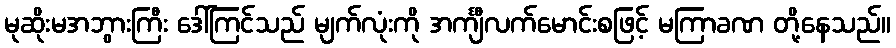
မုဆိုးမအဘွားကြီး ဒေါ်ကြင်သည် မျက်လုံးကို အင်္ကျီလက်မောင်းစဖြင့် မကြာခဏ တို့နေသည်။